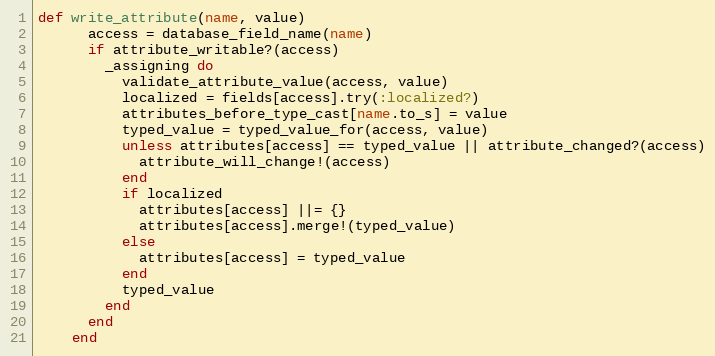
Language: Ruby
def write_attribute(name, value)
      access = database_field_name(name)
      if attribute_writable?(access)
        _assigning do
          validate_attribute_value(access, value)
          localized = fields[access].try(:localized?)
          attributes_before_type_cast[name.to_s] = value
          typed_value = typed_value_for(access, value)
          unless attributes[access] == typed_value || attribute_changed?(access)
            attribute_will_change!(access)
          end
          if localized
            attributes[access] ||= {}
            attributes[access].merge!(typed_value)
          else
            attributes[access] = typed_value
          end
          typed_value
        end
      end
    end